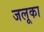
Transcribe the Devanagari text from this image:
जलूका